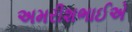
અમરીશભાઈએ